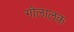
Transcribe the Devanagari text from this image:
गोलालक